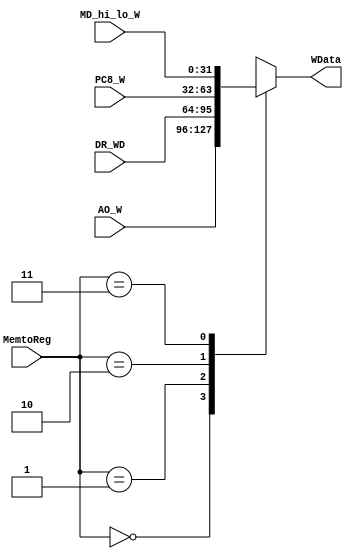
`timescale 1ns / 1ps
//////////////////////////////////////////////////////////////////////////////////
// Company: 
// Engineer: 
// 
// Design Name: 
// Module Name:    MRFWD 
// Project Name: 
// Target Devices: 
// Tool versions: 
// Description: 
//
// Dependencies: 
//
// Revision: 
// Revision 0.01 - File Created
// Additional Comments: 
//
//////////////////////////////////////////////////////////////////////////////////
module MRFWD(
    input [1:0] MemtoReg,
	 input [31:0] AO_W,
    input [31:0] DR_WD,
    input [31:0] PC8_W,
	 input [31:0] MD_hi_lo_W,
    output reg[31:0] WData
    );
	 always @* begin
	 case(MemtoReg)
	   0: begin
		WData = AO_W;
		end
		1: begin
		WData = DR_WD;
		end
		2: begin
		WData = PC8_W;
		end
		3: begin
		WData = MD_hi_lo_W;
		end
	 endcase
	 end


endmodule